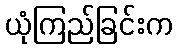
ယုံကြည်ခြင်းက